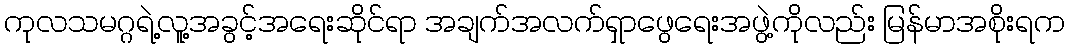
ကုလသမဂ္ဂရဲ့လူ့အခွင့်အရေးဆိုင်ရာ အချက်အလက်ရှာဖွေရေးအဖွဲ့ကိုလည်း မြန်မာအစိုးရက